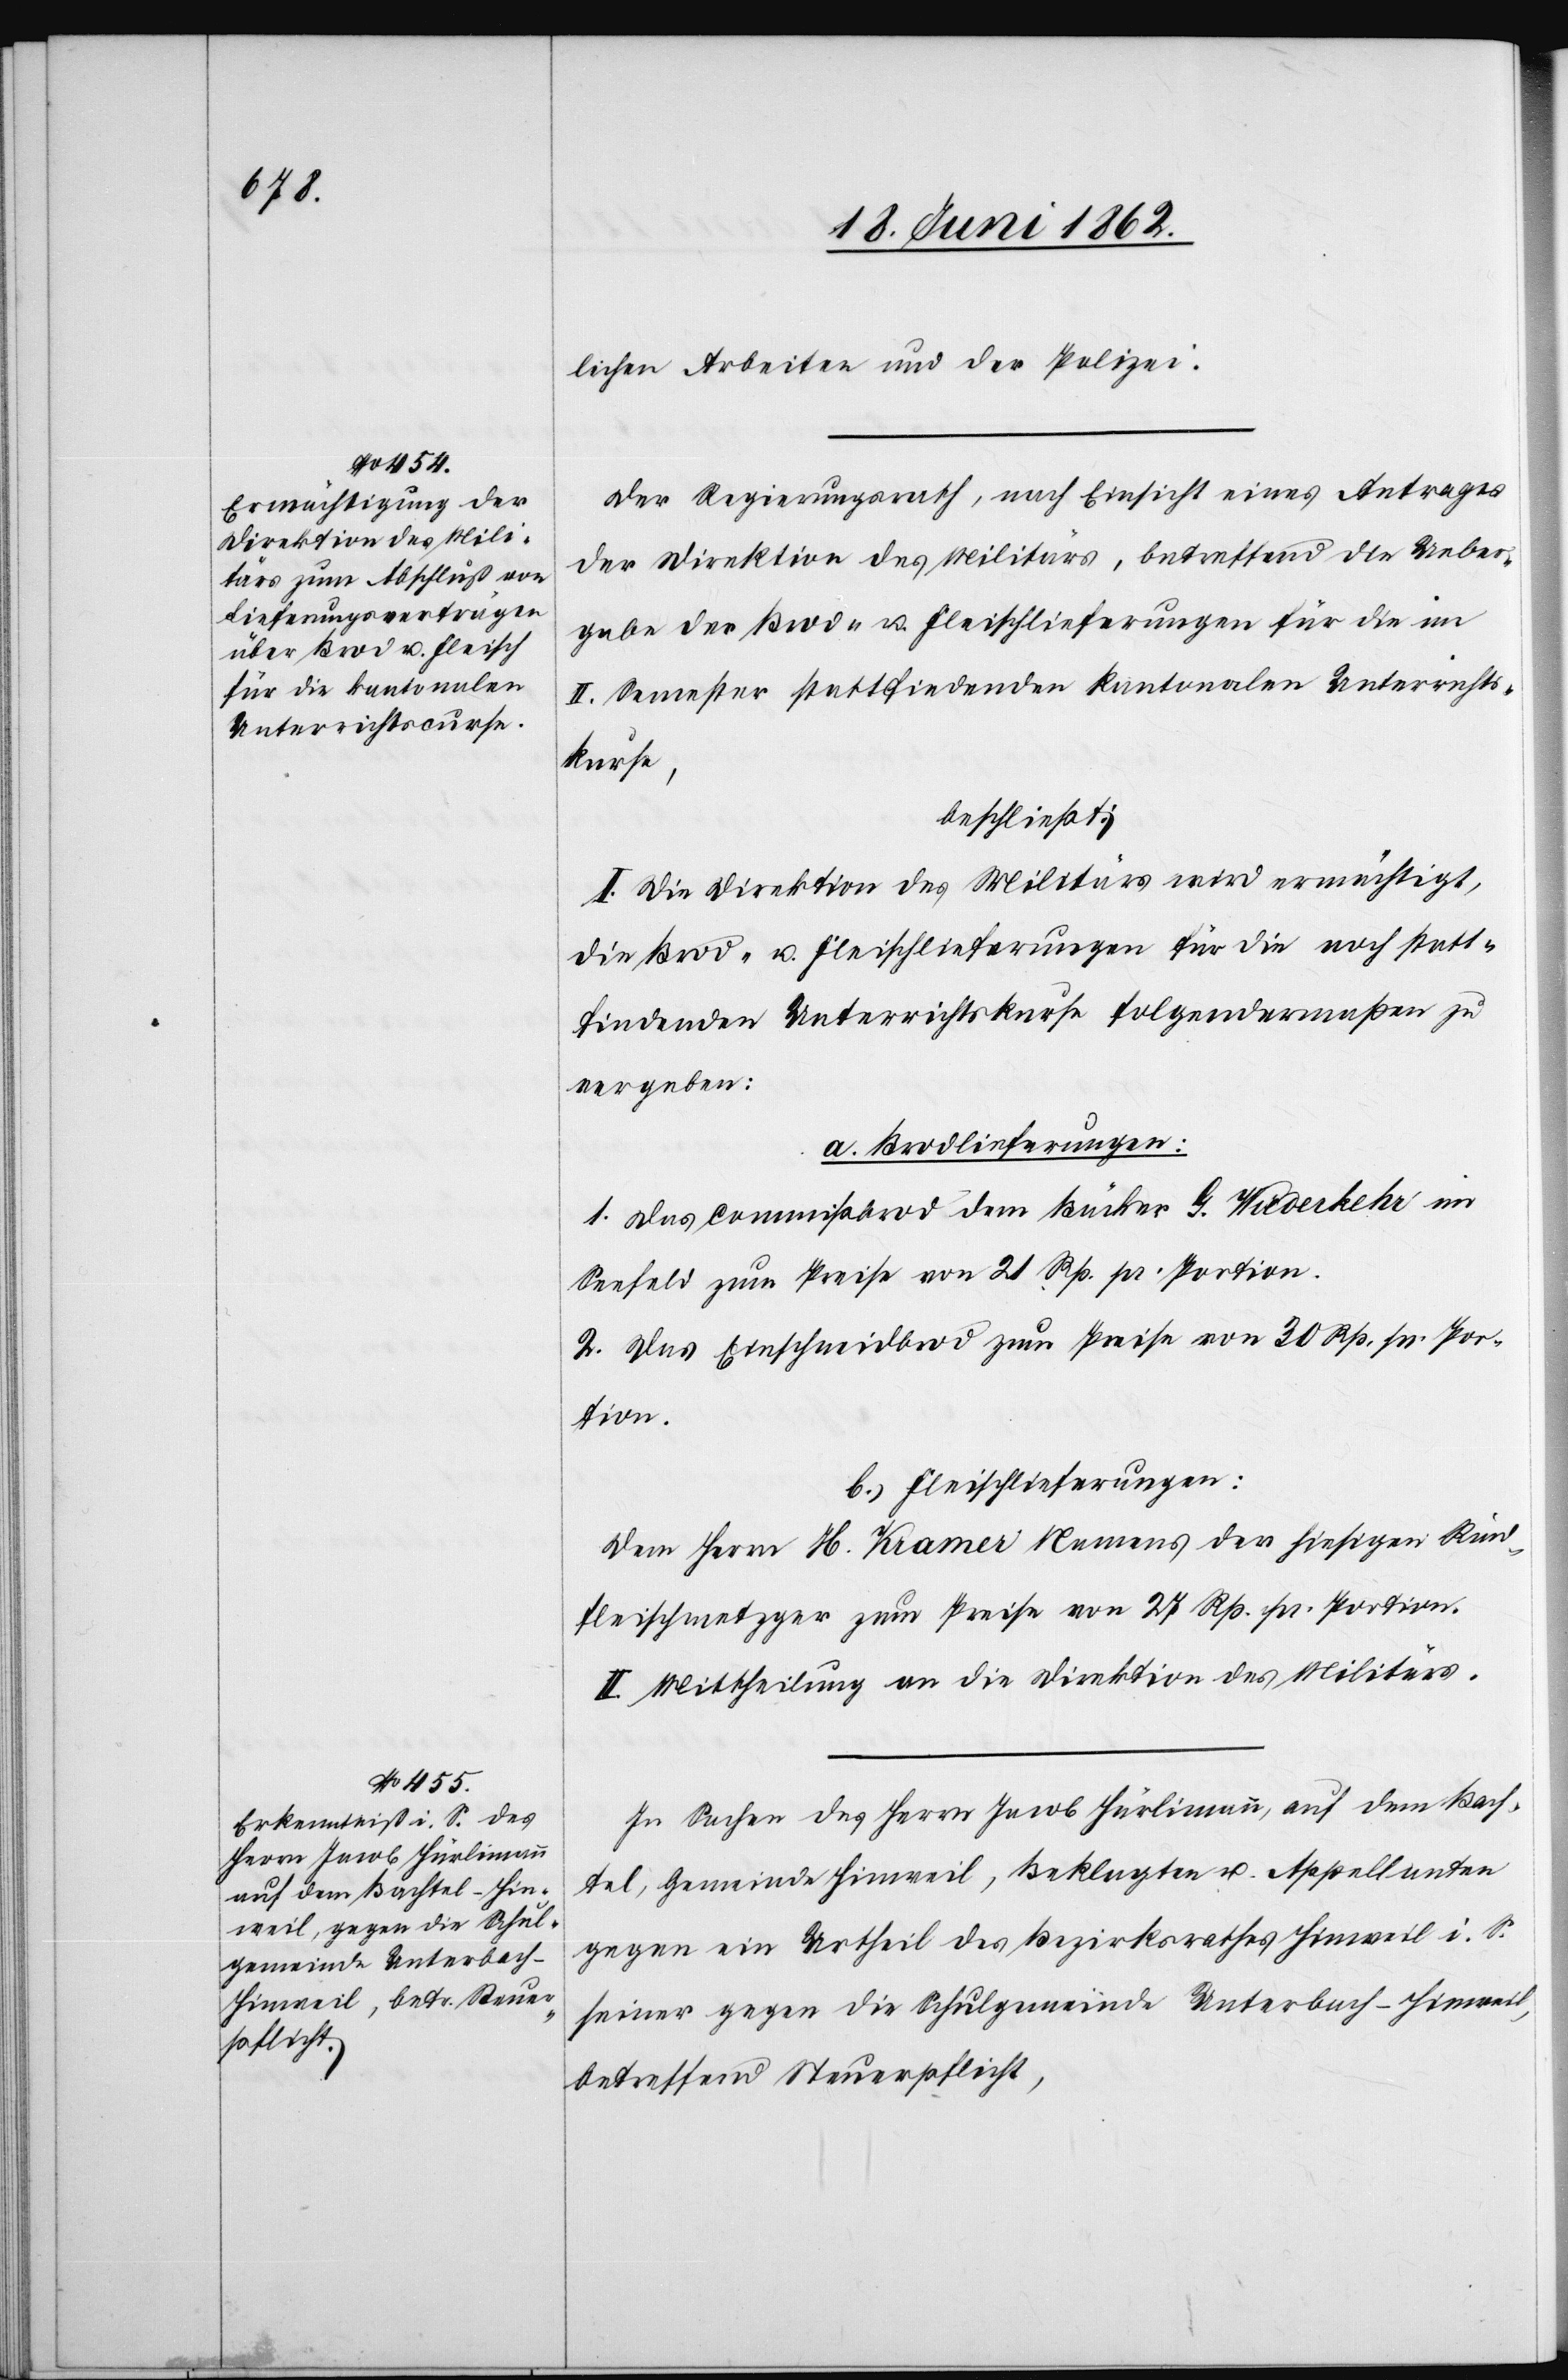
lichen Arbeiten und der Polizei.
Der Regierungsrath, nach Einsicht eines Antrages
der Direktion des Militärs, betreffend die Ueber¬
gabe der Brod- u. Fleischlieferungen für die im
II. Semester stattfindenden kantonalen Unterrichts¬
kurse,
beschließt:
I. Die Direktion des Militärs wird ermächtigt,
die Brod- u. Fleischlieferungen für die noch statt¬
findenden Unterrichtskurse folgendermaßen zu
vergeben:
a. Brodlieferungen:
1. Das Commißbrod dem Bäcker G. Wicderkeki im
Seefeld zum Preise von 21. Rp. pr. Portion.
2. Das Einschneidbrod zum Preise von 30 Rp. pr. Por¬
tion.
b. Fleischlieferungen:
Dem Herrn H. Kramer Namens der hiesigen Rind¬
fleischmetzger zum Preise von 27 Rp. pr. Portion.
II. Mittheilung an die Direktion des Militärs.
In Sachen des Herrn Jacob Hürlimann, auf dem Bach¬
tel, Gemeinde Hinweil, Beklagten u. Appellanten
gegen ein Urtheil des Bezirksrathes Hinweil i. S.
seiner gegen die Schulgemeinde Unterbach-Hinweil,
betreffend Steuerpflicht,